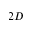
2 D